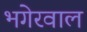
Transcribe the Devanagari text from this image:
भगेरवाल